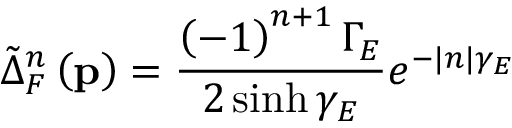
\tilde { \Delta } _ { F } ^ { n } \left( \mathbf { p } \right) = \frac { \left( - 1 \right) ^ { n + 1 } \Gamma _ { E } } { 2 \sinh \gamma _ { E } } e ^ { - | n | \gamma _ { E } }